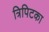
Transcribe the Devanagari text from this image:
त्रिपिटका